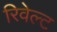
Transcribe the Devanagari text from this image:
रिवेल्ट